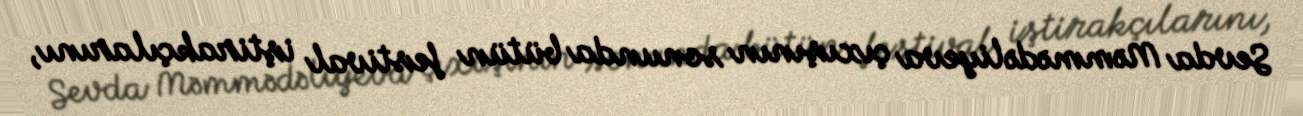
Sevda Məmmədəliyeva çıxışının sonunda bütün festival iştirakçılarını,